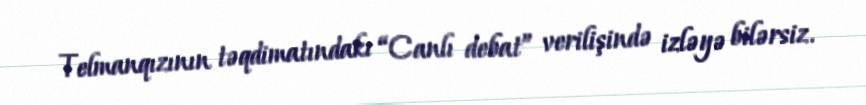
Telmanqızının təqdimatındakı “Canlı debat” verilişində izləyə bilərsiz.